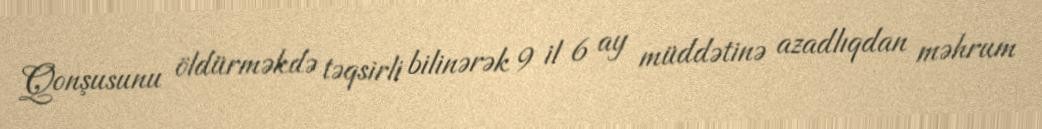
Qonşusunu öldürməkdə təqsirli bilinərək 9 il 6 ay müddətinə azadlıqdan məhrum